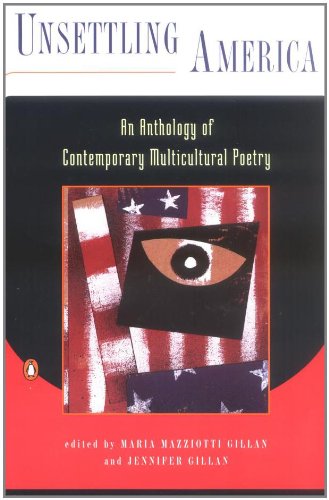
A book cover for Unsettling America: An Anthology of Contemporary Multicultural Poetry; Literature & Fiction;